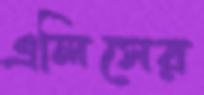
এলিসের